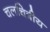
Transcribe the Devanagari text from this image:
चलचित्रीय